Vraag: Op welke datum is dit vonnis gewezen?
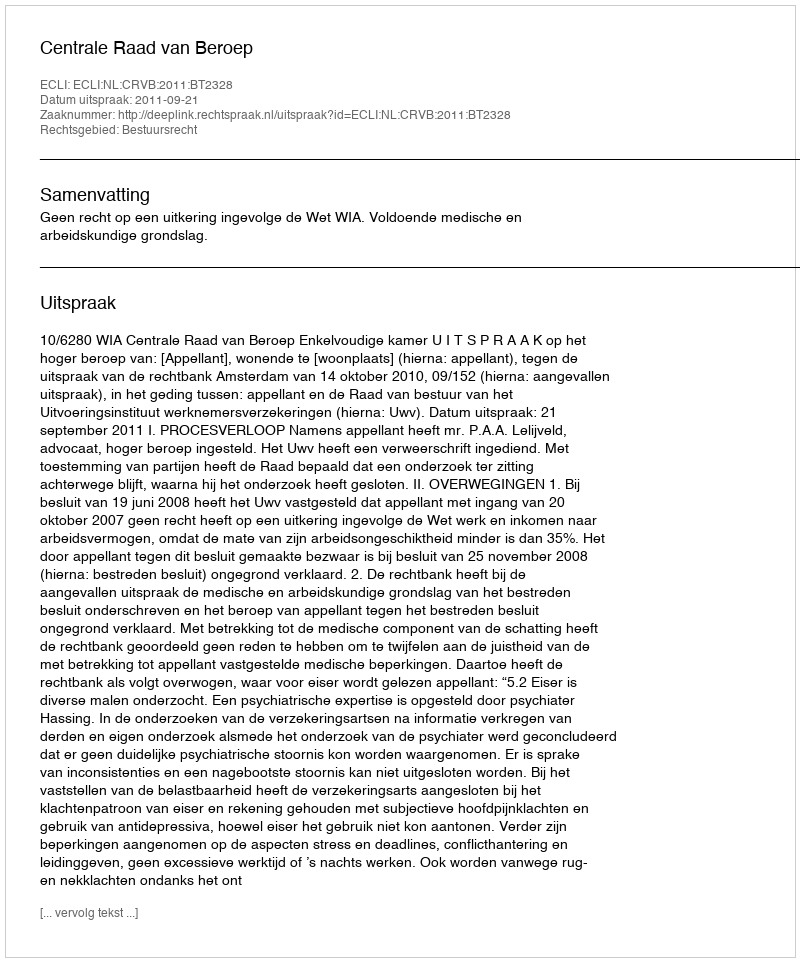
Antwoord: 2011-09-21